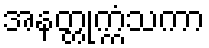
အနတ္တုက္ကံသကာ